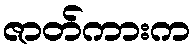
ဇာတ်ကားက